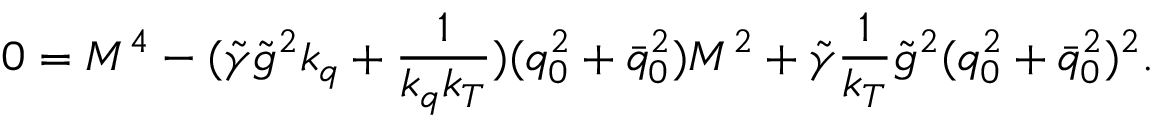
0 = { \cal M } ^ { 4 } - ( \tilde { \gamma } \tilde { g } ^ { 2 } k _ { q } + \frac 1 { k _ { q } k _ { T } } ) ( q _ { 0 } ^ { 2 } + \bar { q } _ { 0 } ^ { 2 } ) { \cal M } ^ { 2 } + \tilde { \gamma } \frac 1 { k _ { T } } \tilde { g } ^ { 2 } ( q _ { 0 } ^ { 2 } + \bar { q } _ { 0 } ^ { 2 } ) ^ { 2 } .